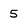
Character: 5